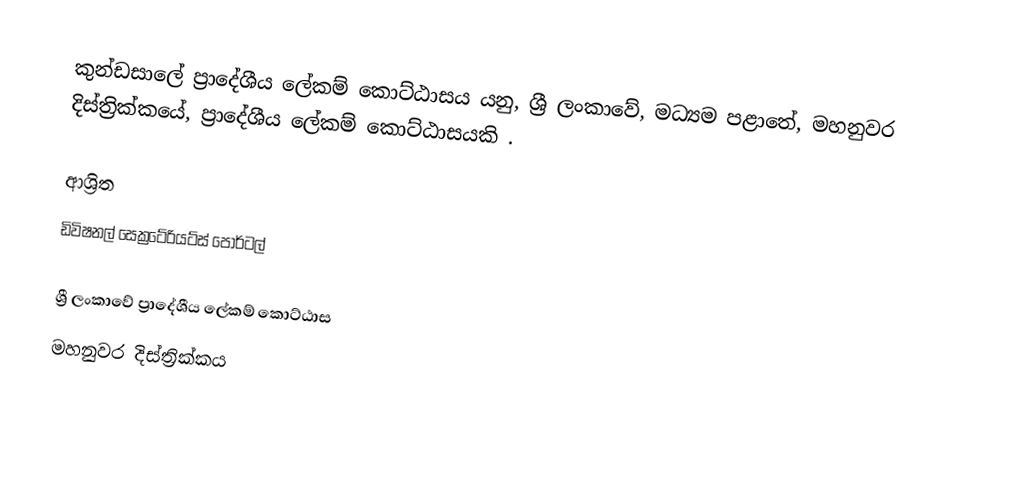
කුන්ඩසාලේ ප්‍රාදේශීය ලේකම් කොට්ඨාසය යනු,  ශ්‍රී ලංකාවේ, මධ්‍යම පළාතේ,   මහනුවර දිස්ත්‍රික්කයේ, ප්‍රාදේශීය ලේකම් කොට්ඨාසයකි .

ආශ්‍රිත
 ඩිවිෂනල් සෙක්‍රටේරියට්ස් පෝර්ටල්

ශ්‍රී ලංකාවේ ප්‍රාදේශීය ලේකම් කොට්ඨාස
මහනුවර දිස්ත්‍රික්කය